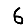
Digit: 6